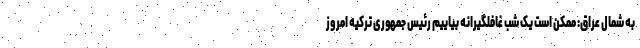
به شمال عراق: ممکن است یک شب غافلگیرانه بیاییم رئیس جمهوری ترکیه امروز